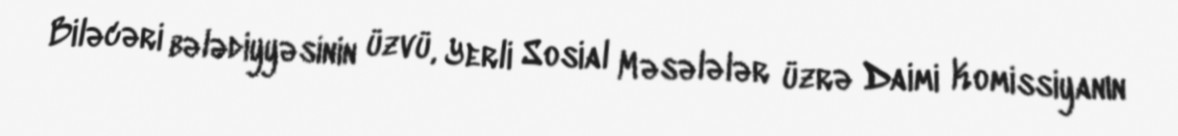
Biləcəri bələdiyyəsinin üzvü, Yerli Sosial Məsələlər üzrə Daimi Komissiyanın